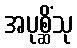
အပုစ္ဆိံသု